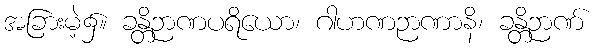
အခြားမဲ့၌။ ခန္တိဉာဏပရိယော၊ ဂါဟဏဉာဏာနိ၊ ခန္တိဉာဏ်